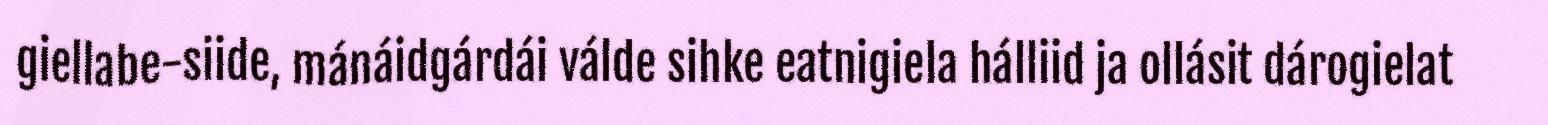
giellabe-siide, mánáidgárdái válde sihke eatnigiela hálliid ja ollásit dárogielat